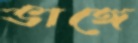
ভাঙ্গে